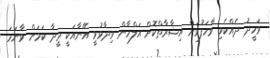
ވަހީދު ދެއްކެވި ވާހަފުޅަށް އިޝާރާތްކޮށް އަލްހާން ވިދާޅުވީ އޭނާއަކީ މީދާ ކަމަށް ވާނަމަ